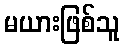
မယားဖြစ်သူ